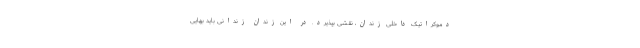
دموکراتیک داخلی زندان، نقشی بپذیرد. در این زندان زندانی باید بهایی